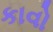
કાવો